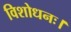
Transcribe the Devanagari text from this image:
विशोधनः।